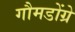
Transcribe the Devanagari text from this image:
गौमडोंग्रे